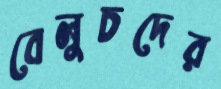
বেলুচদের